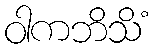
ဝါကဘိသိံ